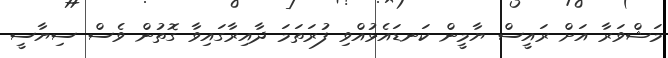
މަޝްވަރާ އަށް ރައީސް ޔާމީން ކަނޑައެޅުއްވި ފުރަތަމަ ދާއިރާގައިވާ ގޮތުން ވެސް ސިޔާސީ